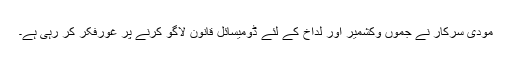
مودی سرکار نے جموں وکشمیر اور لداخ کے لئے ڈومیسائل قانون لاگو کرنے پر غورفکر کر رہی ہے۔